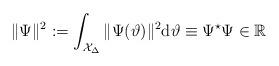
LaTeX: \begin{align*}\|\Psi\|^2:=\int_{\mathcal{X}_{\Delta}}\|\Psi(\vartheta)\|^2\mathrm{d}\vartheta\equiv\Psi^\star\Psi\in\mathbb{R}\end{align*}